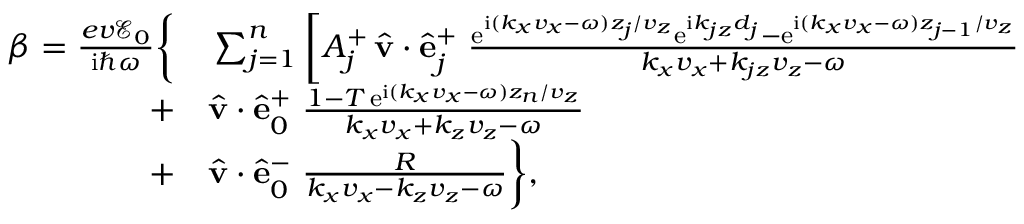
\begin{array} { r l } { \beta = \frac { e v \mathcal { E } _ { 0 } } { \mathrm { i } \hbar \omega } \bigg \{ } & { { } \sum _ { j = 1 } ^ { n } \bigg [ A _ { j } ^ { + } \, \hat { \bf v } \cdot \hat { \bf e } _ { j } ^ { + } \; \frac { \mathrm { e } ^ { \mathrm { i } ( k _ { x } v _ { x } - \omega ) z _ { j } / v _ { z } } \mathrm { e } ^ { \mathrm { i } k _ { j z } d _ { j } } - \mathrm { e } ^ { \mathrm { i } ( k _ { x } v _ { x } - \omega ) z _ { j - 1 } / v _ { z } } } { k _ { x } v _ { x } + k _ { j z } v _ { z } - \omega } } \\ { + } & { { } \hat { \bf v } \cdot \hat { \bf e } _ { 0 } ^ { + } \; \frac { 1 - T \, \mathrm { e } ^ { \mathrm { i } ( k _ { x } v _ { x } - \omega ) z _ { n } / v _ { z } } } { k _ { x } v _ { x } + k _ { z } v _ { z } - \omega } } \\ { + } & { { } \hat { \bf v } \cdot \hat { \bf e } _ { 0 } ^ { - } \; \frac { R } { k _ { x } v _ { x } - k _ { z } v _ { z } - \omega } \bigg \} , } \end{array}